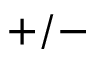
+ / -